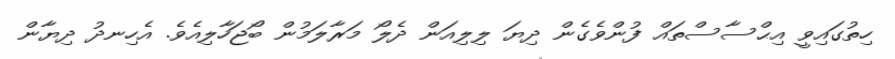
ހިތުގައިވީ އިޙްސާސްތައް ފުންވެގެން ދިޔަ ލިލިއަން ދެލޯ މަރާލަމުން ބޯޖަހާލިއެވެ. އެހިނދު ދިޔާން